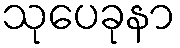
သုပေခုနာ